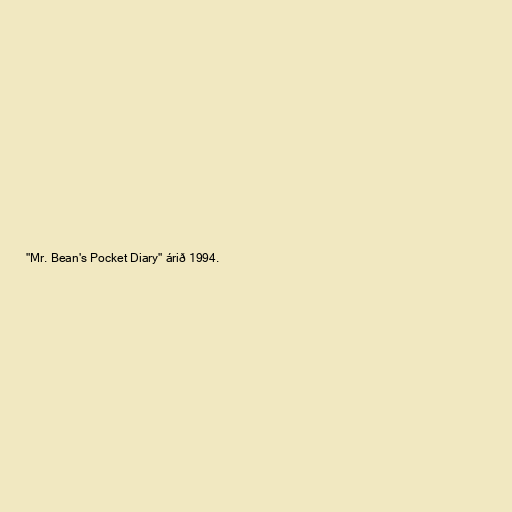
"Mr. Bean's Pocket Diary" árið 1994.